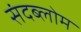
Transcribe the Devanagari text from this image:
संदब्लोम